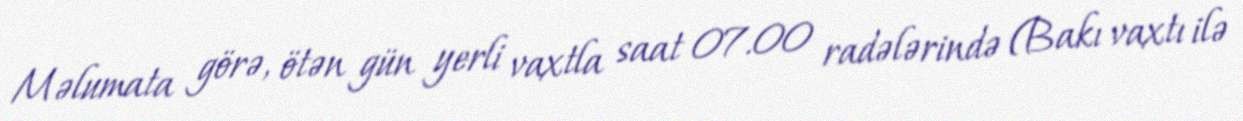
Məlumata görə, ötən gün yerli vaxtla saat 07.00 radələrində (Bakı vaxtı ilə